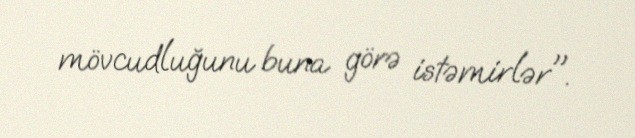
mövcudluğunu buna görə istəmirlər".